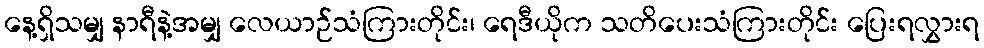
နေ့ရှိသမျှ နာရီနဲ့အမျှ လေယာဉ်သံကြားတိုင်း၊ ရေဒီယိုက သတိပေးသံကြားတိုင်း ပြေးရလွှားရ